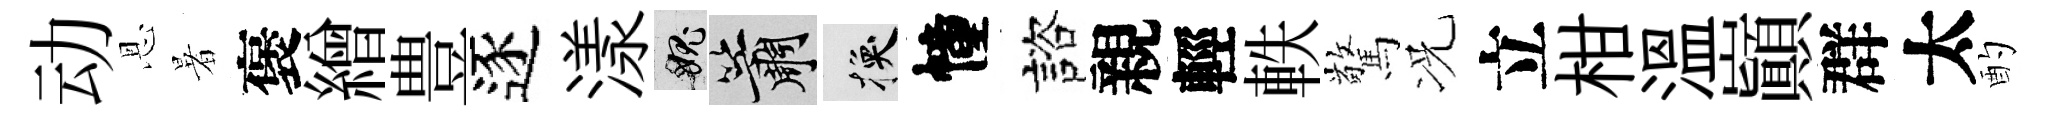
动恩暑褒繒豊逐漾愧簫换幢諮親輕軼驚况立柑溫巔群太酌